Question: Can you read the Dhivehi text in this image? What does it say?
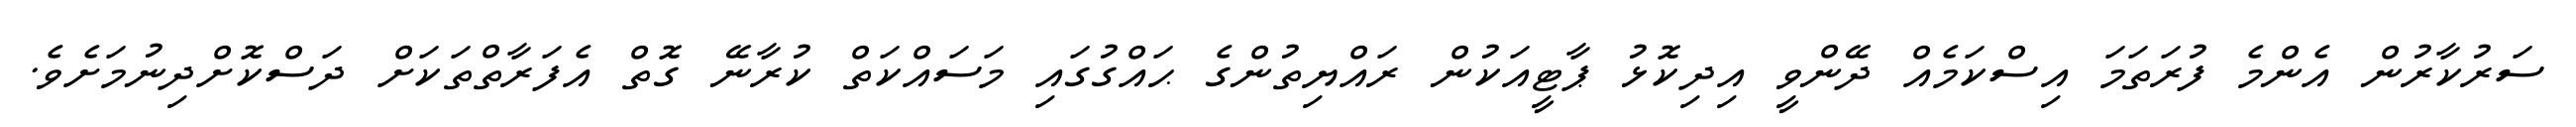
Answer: ސަރުކާރުން އެންމެ ފުރަތަމަ އިސްކަމެއް ދޭންވީ އިދިކޮޅު ޕާޓީއަކުން ރައްޔިތުންގެ ޙައްގުގައި މަސައްކަތް ކުރާނޭ ގޮތް އެފަރާތްތަކަށް ދަސްކޮށްދިނުމަށެވެ.